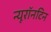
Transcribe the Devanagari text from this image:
न्यूरॉनटिन